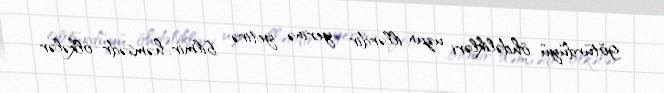
götürdüyü öhdəlikləri uzun illərdir yerinə yetirə bilmir, həmsədr ölkələr